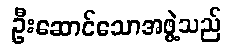
ဦးဆောင်သောအဖွဲ့သည်